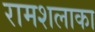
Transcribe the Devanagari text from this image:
रामशलाका